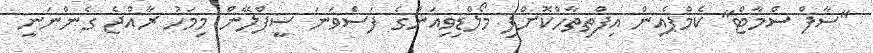
"ސާފް ސްމާޓް" ކެމްޕެއިން އިފްތިތާހްކޮށްފި މޯލްޑިވިއަންގެ ފަސްވަނަ ސީޕްލޭން މިމަހު ރާއްޖެ ގެންނަނީ